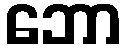
ဘော